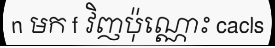
n មក f វិញប៉ុណ្ណោះ cacls